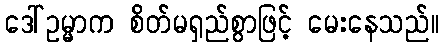
ဒေါ်ဥမ္မာက စိတ်မရှည်စွာဖြင့် မေးနေသည်။